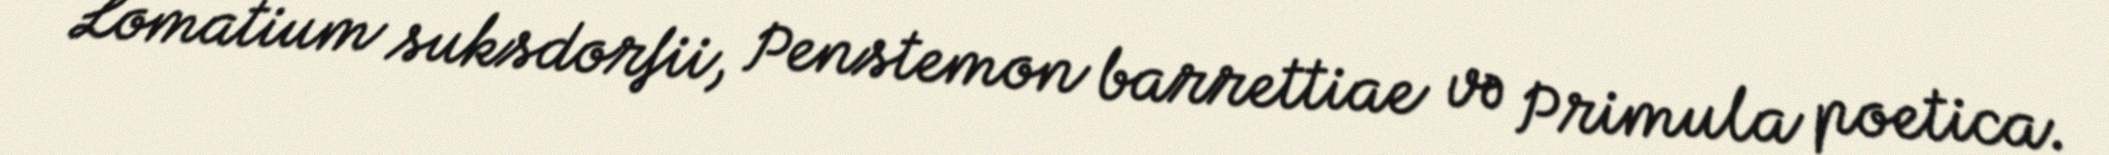
Lomatium suksdorfii, Penstemon barrettiae və Primula poetica.